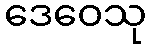
ဒေဝေသု